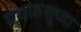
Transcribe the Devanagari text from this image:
ग्रंथातसुध्दा